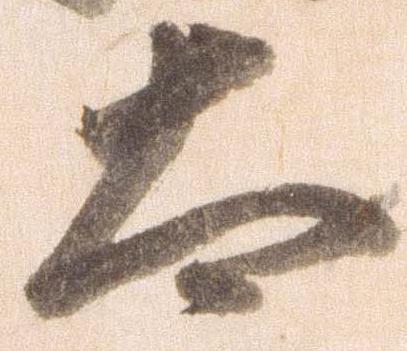
太